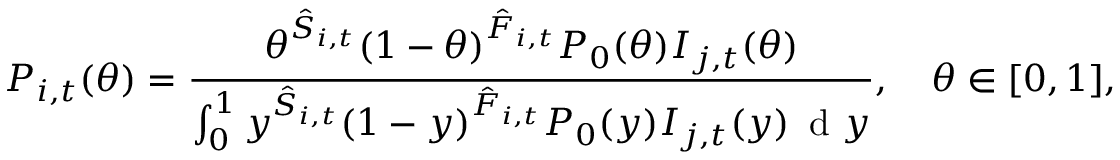
P _ { i , t } ( \theta ) = \frac { \theta ^ { \hat { S } _ { i , t } } ( 1 - \theta ) ^ { \hat { F } _ { i , t } } P _ { 0 } ( \theta ) I _ { j , t } ( \theta ) } { \int _ { 0 } ^ { 1 } y ^ { \hat { S } _ { i , t } } ( 1 - y ) ^ { \hat { F } _ { i , t } } P _ { 0 } ( y ) I _ { j , t } ( y ) \, \mathrm { ~ d ~ } y } , \quad \theta \in [ 0 , 1 ] ,